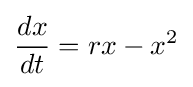
{\frac {dx}{dt}}=rx-x^{2}